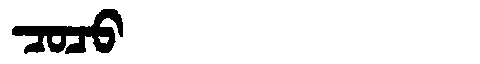
Manchu: ᠴᠣᠴᠣ
Romanization: COCO